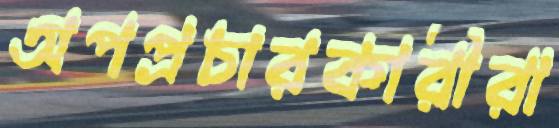
অপপ্রচারকারীরা